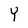
Character: Y